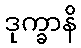
ဒုက္ခာနိ